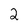
Character: 2